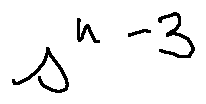
s ^ { n - 3 }